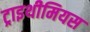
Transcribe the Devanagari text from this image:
ट्राइथीमियस